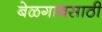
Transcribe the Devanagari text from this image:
बेळगावसाठी